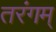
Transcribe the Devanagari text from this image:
तरंगम्